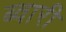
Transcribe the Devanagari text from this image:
ब्वारी